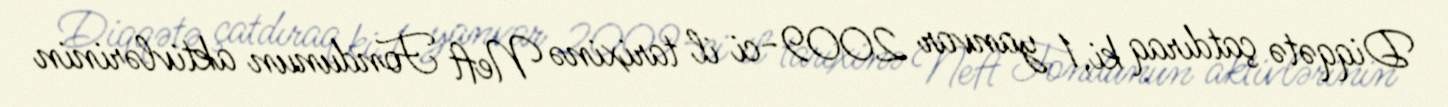
Diqqətə çatdıraq ki, 1 yanvar 2009-ci il tarixinə Neft Fondunun aktivlərinin